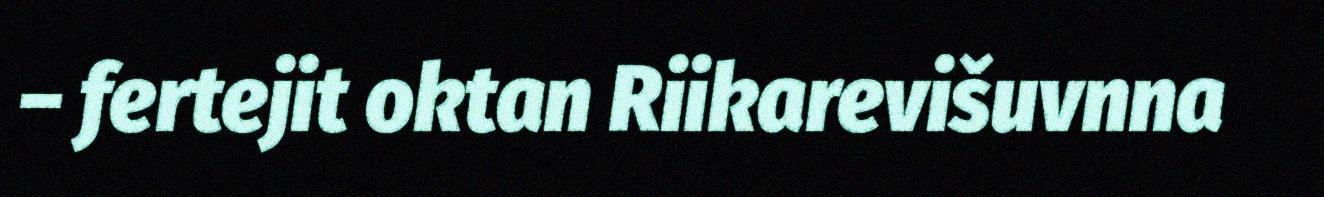
– fertejit oktan Riikarevišuvnna